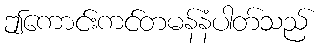
ဤကောင်းကင်တမန်နံပါတ်သည်